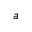
a